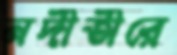
নদীতীরে